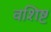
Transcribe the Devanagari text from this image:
वशिष्ट